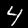
Label: 4